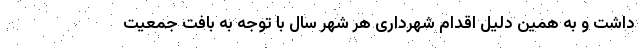
داشت و به همین دلیل اقدام شهرداری هر شهر سال با توجه به بافت جمعیت